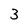
Character: 3